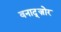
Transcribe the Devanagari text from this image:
वनाद्ज़ोर